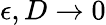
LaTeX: \epsilon,D\rightarrow 0